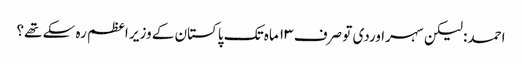
احمد: لیکن سہراوردی تو صرف ۱۳ ماہ تک پاکستان کے وزیر اعظم رہ سکے تھے؟